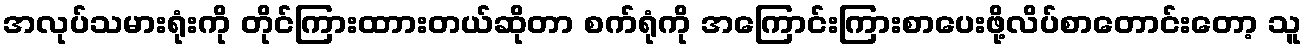
အလုပ်သမားရုံးကို တိုင်ကြားထာားတယ်ဆိုတာ စက်ရုံကို အကြောင်းကြားစာပေးဖို့လိပ်စာတောင်းတော့ သူ